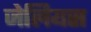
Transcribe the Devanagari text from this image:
जेलियस